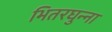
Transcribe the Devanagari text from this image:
भितरघुन्ना